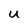
Character: U